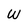
Character: w